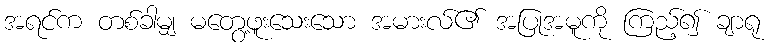
အရင်က တစ်ခါမျှ မတွေ့ဖူးသေးသော အမားလ်၏ အပြုအမူကို ကြည့်၍ ချာရု